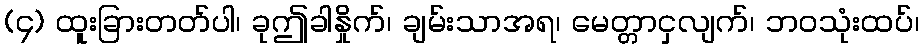
(၄) ထူးခြားတတ်ပါ၊ ခုဤခါနှိုက်၊ ချမ်းသာအရ၊ မေတ္တာငှလျက်၊ ဘဝသုံးထပ်၊